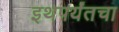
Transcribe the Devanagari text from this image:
इथपर्यंतचा